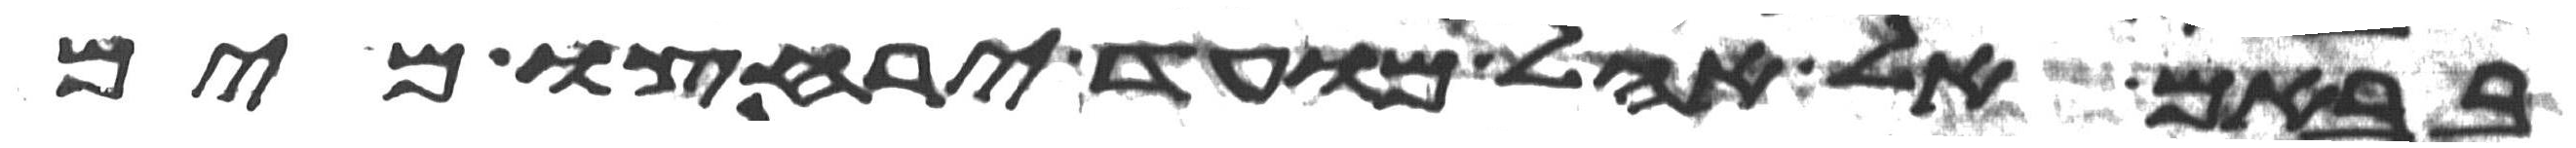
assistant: בבאם אל אהל מועד ירחצו מים